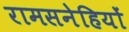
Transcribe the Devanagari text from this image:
रामसनेहियों